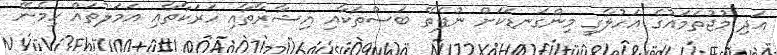
އަދި މުޖުތަމައުގެ އަހުލާގީ މިންގަނޑަކަށް ނުފެތޭ ބަސްތަކާއި އިޝާރާތާއި ހަރަކާތާއި އަމަލުތައް ހިމެނޭ